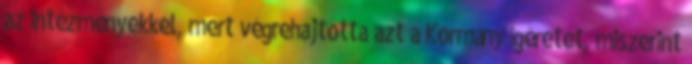
az intézményekkel, mert végrehajtotta azt a Kormány ígéretet, miszerint